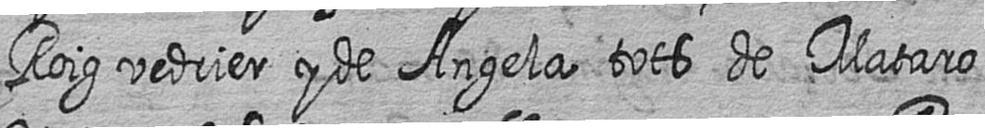
Roig vedrier y de Angela tots de Mataro